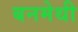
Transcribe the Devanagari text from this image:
बनमेथी